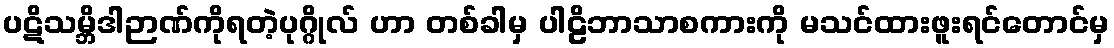
ပဋိသမ္ဘိဒါဉာဏ်ကိုရတဲ့ပုဂ္ဂိုလ် ဟာ တစ်ခါမှ ပါဠိဘာသာစကားကို မသင်ထားဖူးရင်တောင်မှ